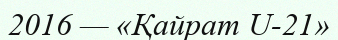
2016 — «Қайрат U-21»